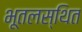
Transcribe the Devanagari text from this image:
भूतलस्थित